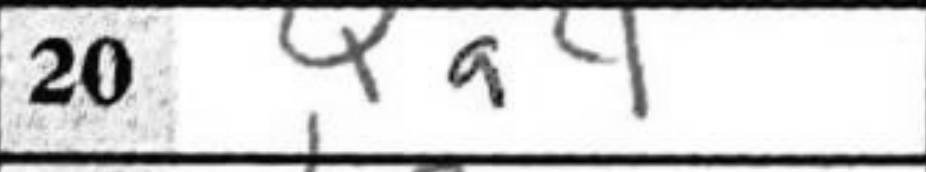
Transcription: Qa4